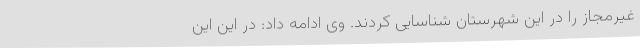
غیرمجاز را در این شهرستان شناسایی کردند. وی ادامه داد: در این این